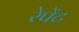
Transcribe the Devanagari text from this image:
रेपेंट